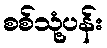
စစ်သုံ့ပန်း